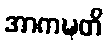
အာကဍ္ဎတိ